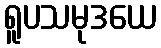
ရူပသမုဒယေ